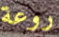
روعة